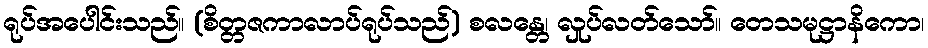
ရုပ်အပေါင်းသည်။ (စိတ္တဇကာလာပ်ရုပ်သည်) စလန္တေ၊ လှုပ်လတ်သော်။ တေသမုဋ္ဌာနိကော၊